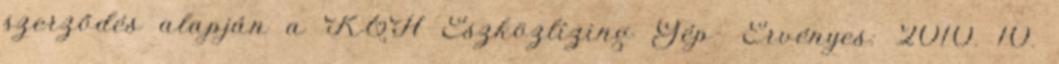
szerződés alapján a K&H Eszközlízing Gép- Érvényes: 2010. 10.